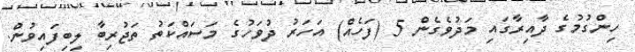
ހިންގުމުގެ ދާއިރާގައި މަދުވެގެން 5 (ފަހެއް) އަހަރު ދުވަހުގެ މަސައްކަތު ތަޖުރިބާ ލިބިފައިވުން.